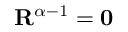
\mathbf { R } ^ { \alpha - 1 } = \mathbf { 0 }